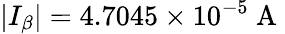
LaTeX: \left|I_{\beta}\right|=4.7045\times 10^{-5}\mathrm{~A~}